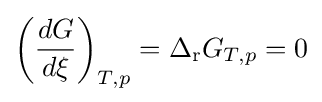
\left({\frac {dG}{d\xi }}\right)_{T,p}=\Delta _{\mathrm {r} }G_{T,p}=0